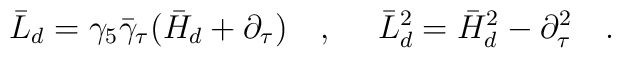
\bar{L}_d=\gamma_5\bar{\gamma}_\tau(\bar{H}_d+\partial_\tau)~~~,~~~~\bar{L}_d^2=\bar{H}_d^2-\partial^2_\tau~~~.